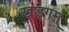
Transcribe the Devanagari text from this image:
खड्गम्